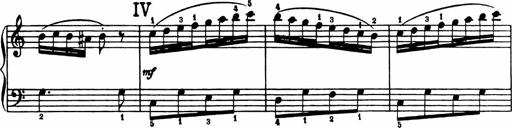
Title: Analytical Sonatinas
Composer: Frank Lynes